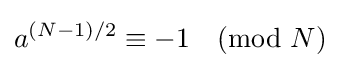
a^{(N-1)/2}\equiv -1{\pmod {N}}